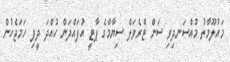
މައުލޫމާތު މުއްސަނދިވި ސަން ޓްރެވަލް ސިޔާމްގެ ޕާޓީ އުފައްދަން ހުއްދަ ދީފި ހަމަޖެހުން